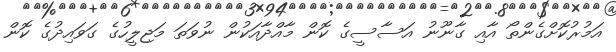
އަމުރުކޮށްގެންތޯ އާއި ގާނޫނު އަސާސީގެ ކޮން މާއްދާއަކުން ނުވަތަ މަޖިލީހުގެ ގަވައިދުގެ ކޮން